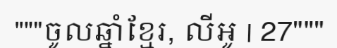
"""ចូលឆ្នាំខ្មែរ, លីអូ | 27"""